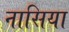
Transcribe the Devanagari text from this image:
नासिया